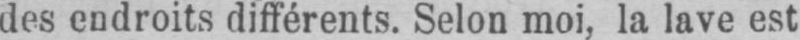
des endroits différents. Selon moi, la lave est